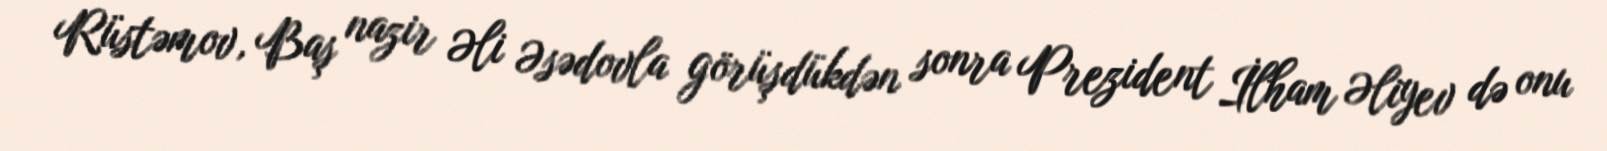
Rüstəmov, Baş nazir Əli Əsədovla görüşdükdən sonra Prezident İlham Əliyev də onu